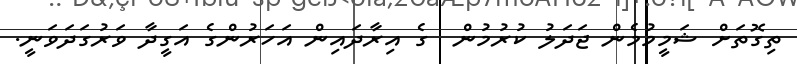
ތިގޮތަށް ޝަމީމުމެން ޖަދަލު ކުރުމުން  ގެ އިރާދައިން އަހަރުންގެ އަގީދާ ވަރުގަދަވަނީ.